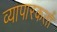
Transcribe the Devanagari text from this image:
व्यापारकर्ता